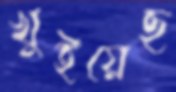
খুইয়েছ